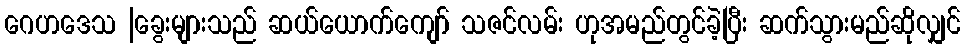
ဂေဟဒေသ |ခွေးများသည် ဆယ်ယောက်ကျော် သဇင်လမ်း ဟုအမည်တွင်ခဲ့ပြီး ဆက်သွားမည်ဆိုလျှင်